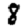
Digit: 8